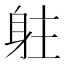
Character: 𨈫